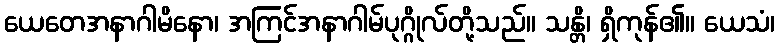
ယေတေအနာဂါမိနော၊ အကြင်အနာဂါမ်ပုဂ္ဂိုလ်တို့သည်။ သန္တိ၊ ရှိကုန်၏။ ယေသံ၊